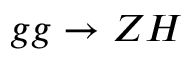
g g \to Z H